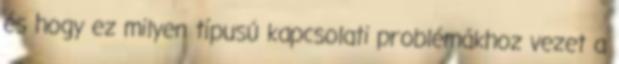
és hogy ez milyen típusú kapcsolati problémákhoz vezet a